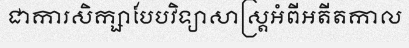
ជាការសិក្សាបែបវិទ្យាសាស្ត្រអំពីអតីតកាល